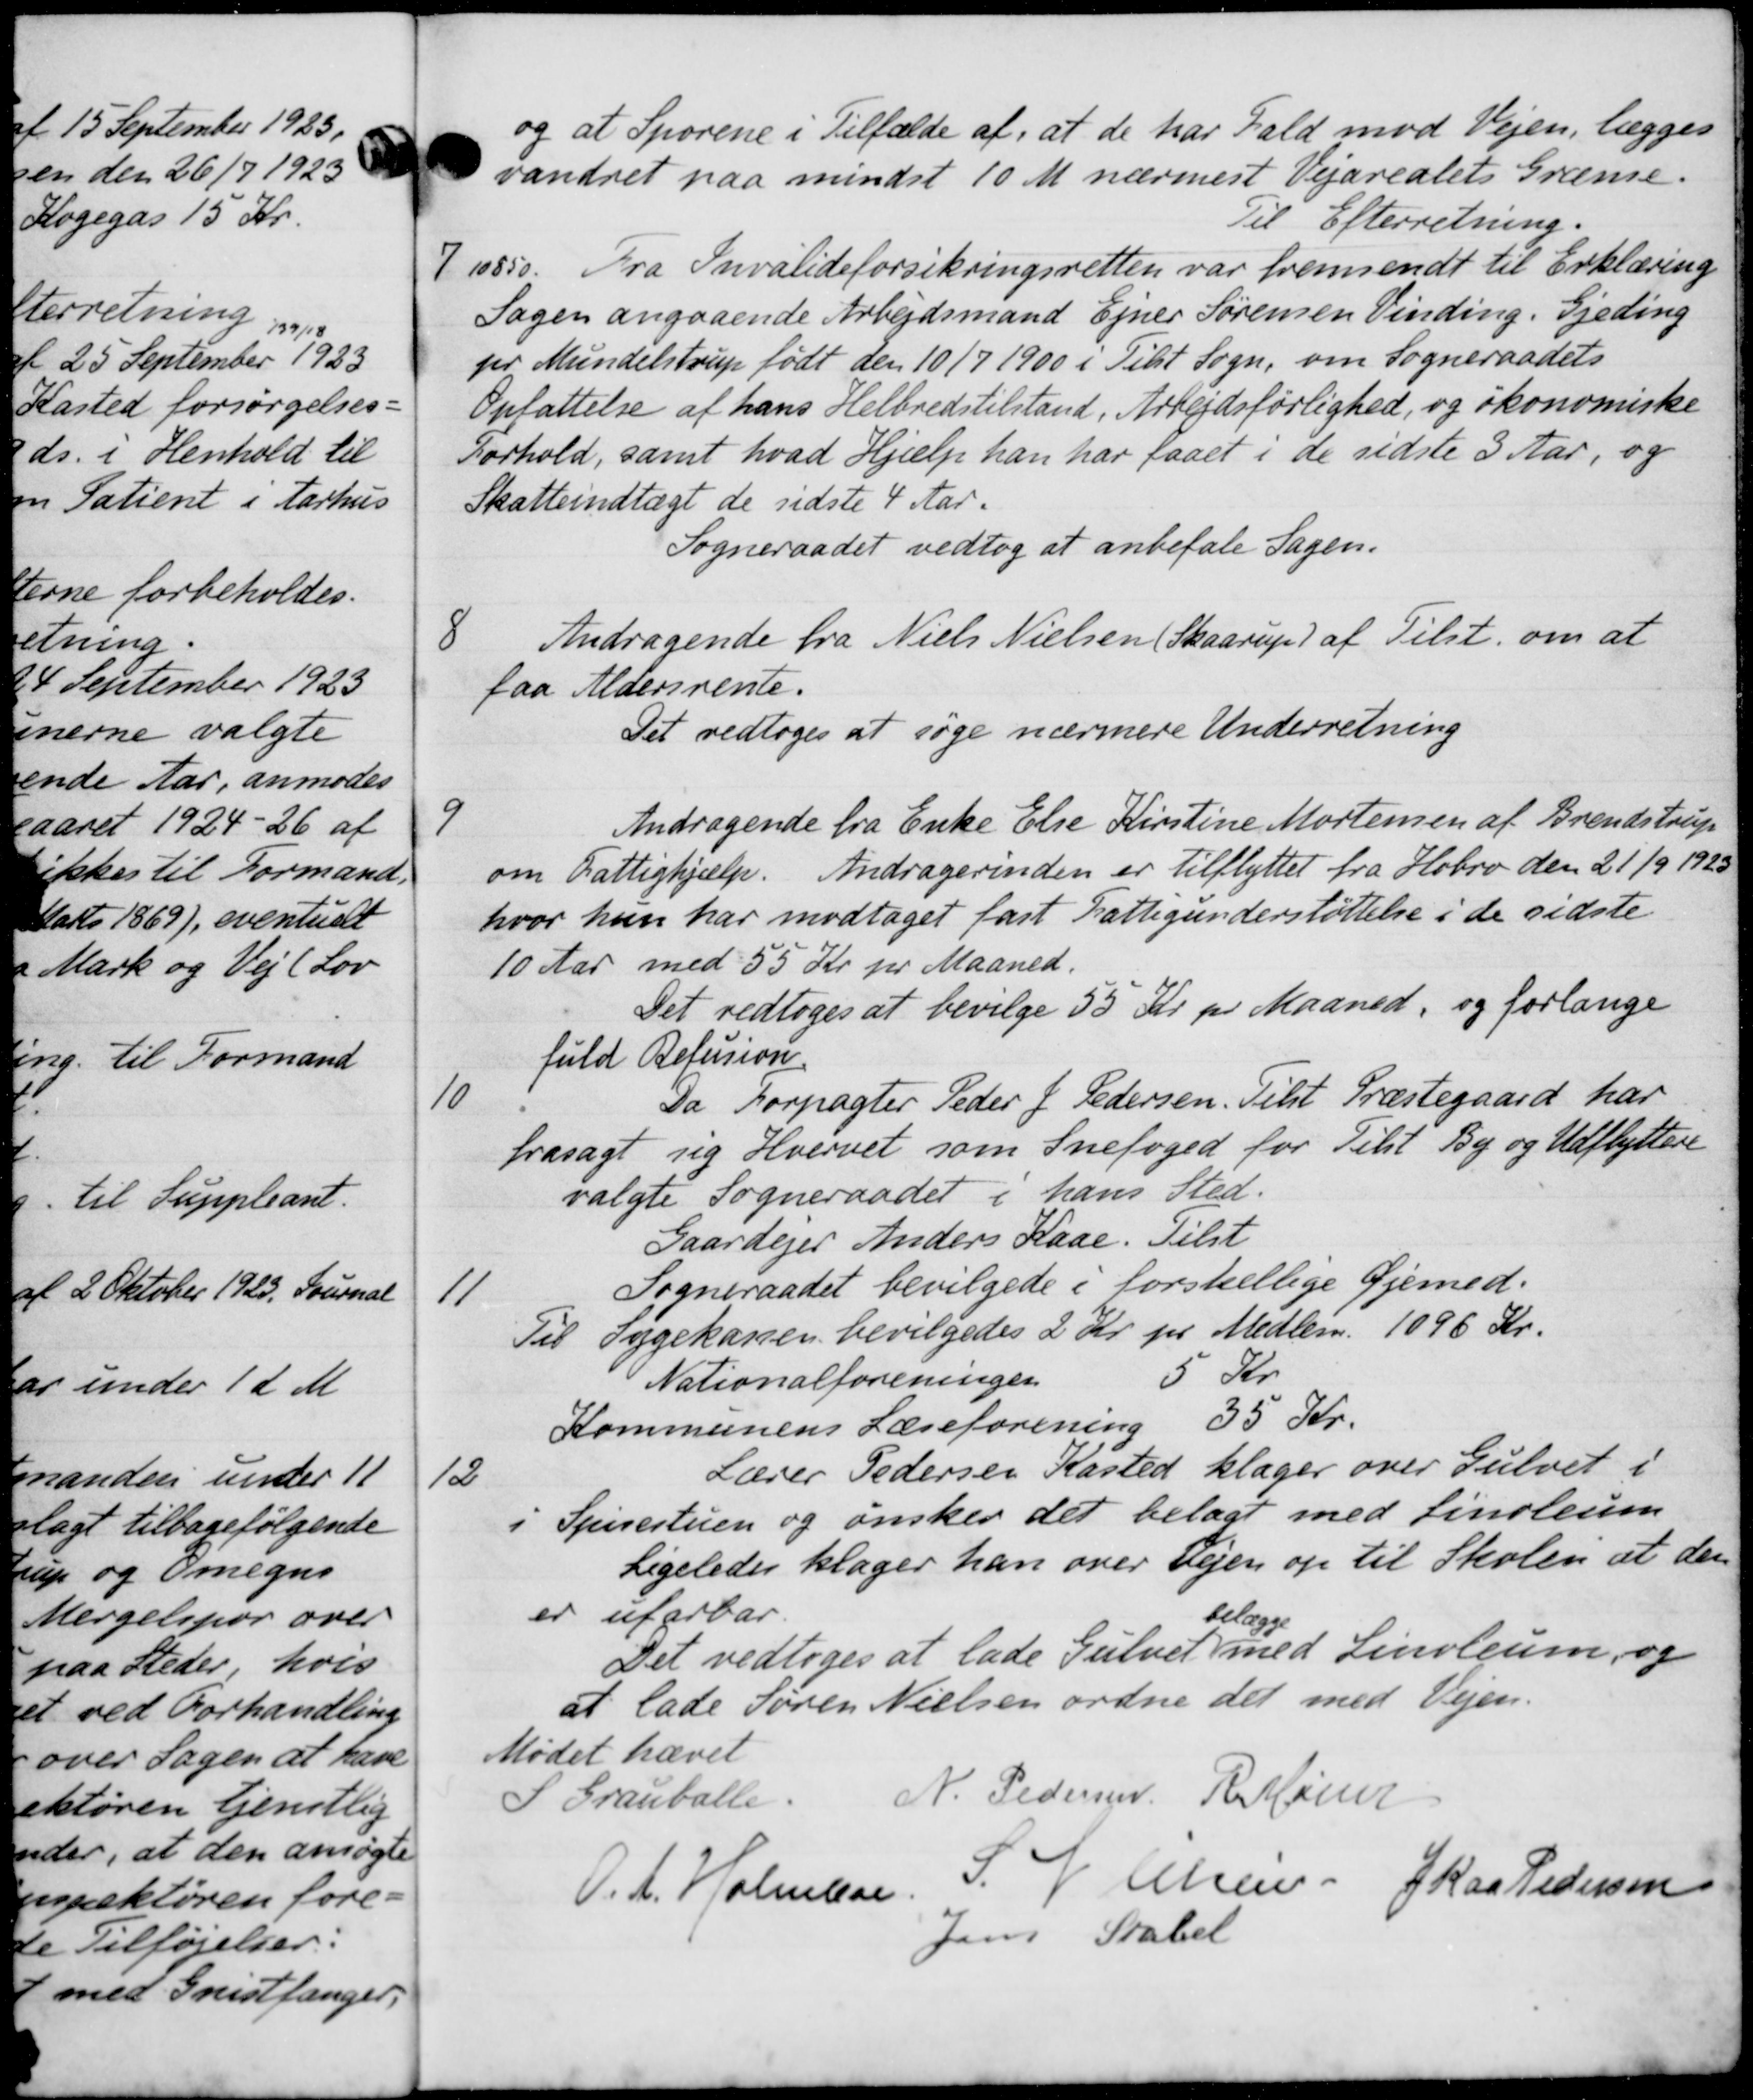
Transskription:
og at Spørene i Tilfælde af, at de har Fald mod Vejen, lægges
vandret paa mindst 10 M nærmest Vejarealets Grænse.
Til Efterretning.
7
1850. Fra Invalideforsikringsretten var fremsendt til Erklæring
Sagen angaaende Arbejdsmand Ejner Sørensen Vinding. Gjeding
per Mundelstrup født den 10/7 1900 i Tilst Sogn, om Sogneraadets
Opfattelse af hans Helbredstilstand, Arbejdsførlighed, og økonomiske
Forhold, samt hvad Hjælp han har faaet i de sidste 3 Aar, og
Skatteindtægt de sidste 4 Aar.
Sogneraadet vedtog at anbefale Sagen.
8
Andragende fra Niels Nielsen (Skaarup) af Tilst. om at
faa Aldersrente.
Det vedtoges at søge nærmere Underretning
9
Andragende fra Enke Else Kirstine Mortensen af Brendstrup
om Fattighjælp. Andragerinden er tilflyttet fra Hobro den 21/9 1923
hvor hun har modtaget fast Fattigunderstøttelse i de sidste
10 Aar med 55 Kr pr Maaned.
Det vedtoges at bevilge 55 Kr. pr. Maaned, og forlange
fuld Refusion.
10
Da Forpagter Peder J. Pedersen. Tilst Præstegaard har
frasagt sig Hvervet som Snefoged for Tilst By og Udflyttere
valgte Sogneraadet i hans Sted.
Gaardejer Anders Kaae. Tilst
11
Sogneraadet bevilgede i forskellige Øjemed-
Til Sygekassen bevilgedes 2 Kr pr Medlem 1096 Kr.
Nationalforeningen 5 Kr.
Kommunens Læseforening 35 Kr.
12
Lærer Pedersen Kasted klager over Gulvet i
i Spisestuen og ønsker det belagt med finoleum
Ligeledes klager han over Vejen op til Skolen at den
er ufarbar
Det vedtoges at lade Gulvet
belægge
med Linoleum, og
at lade Søren Nielsen ordne det med Vejen.
Mødet hævet
Grauballe.
N. Pedersen R. Møder
O.A. Holmbor
S. V. Olsen Skaa Pedersen
Jens Stabel